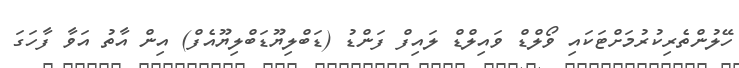
ހޭލުންތެރިކުރުމަށްޓަކައި ވޯލްޑް ވައިލްޑް ލައިފް ފަންޑު (ޑަބްލިޔޫޑަބްލިޔޫއެފް) އިން އާތު އަވާ ފާހަގަ